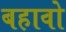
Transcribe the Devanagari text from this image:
बहावो